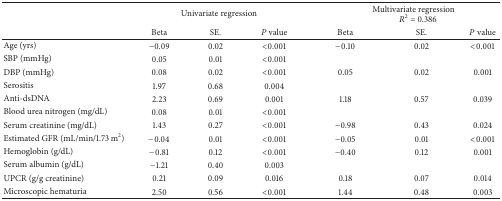
|  | <COLSPAN=3> Univariate regression | <COLSPAN=3> Multivariate regressionR2 = 0.386 |
 |  | Beta | SE. | P value | Beta | SE. | P value |
 | --- | --- | --- | --- | --- | --- | --- |
 | Age (yrs) | −0.09 | 0.02 | <0.001 | −0.10 | 0.02 | <0.001 |
 | SBP (mmHg) | 0.05 | 0.01 | <0.001 |  |  |  |
 | DBP (mmHg) | 0.08 | 0.02 | <0.001 | 0.05 | 0.02 | 0.001 |
 | Serositis | 1.97 | 0.68 | 0.004 |  |  |  |
 | Anti-dsDNA | 2.23 | 0.69 | 0.001 | 1.18 | 0.57 | 0.039 |
 | Blood urea nitrogen (mg/dL) | 0.08 | 0.01 | <0.001 |  |  |  |
 | Serum creatinine (mg/dL) | 1.43 | 0.27 | <0.001 | −0.98 | 0.43 | 0.024 |
 | Estimated GFR (mL/min/1.73 m2) | −0.04 | 0.01 | <0.001 | −0.05 | 0.01 | <0.001 |
 | Hemoglobin (g/dL) | −0.81 | 0.12 | <0.001 | −0.40 | 0.12 | 0.001 |
 | Serum albumin (g/dL) | −1.21 | 0.40 | 0.003 |  |  |  |
 | UPCR (g/g creatinine) | 0.21 | 0.09 | 0.016 | 0.18 | 0.07 | 0.014 |
 | Microscopic hematuria | 2.50 | 0.56 | <0.001 | 1.44 | 0.48 | 0.003 |